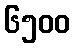
၆၅၀၀